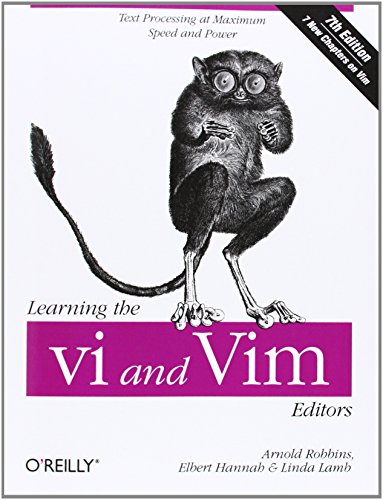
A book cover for Learning the vi and Vim Editors; Arnold Robbins; Computers & Technology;